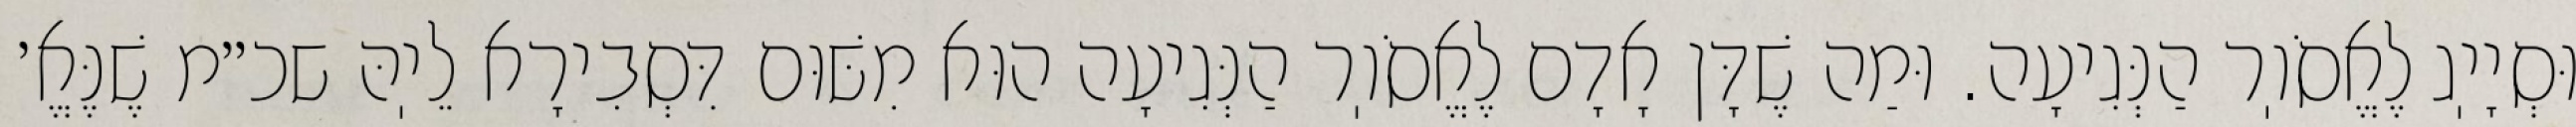
וּסְיָיֽג לֶאֱסֹוֽר הַנְּגִיעָה. וּמַה שֶׁדָּן אָדָם לֶאֱסֹוֽר הַנְּגִיעָה הוּא מִשּׁוּם דִּסְבִירָא לֵיֽהּ שכ״מ שֶׁנֶּאֱ׳